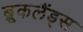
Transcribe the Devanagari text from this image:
ब्रूकलैंड्स